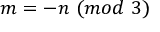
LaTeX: m = - n \ ( m o d \ 3 )